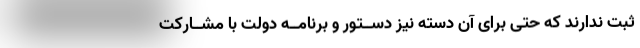
ثبت ندارند که حتی برای آن دسته نیز دســتور و برنامــه دولت با مشــارکت